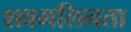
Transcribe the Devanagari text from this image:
शवमलिनता